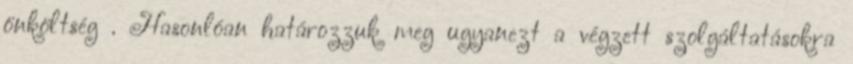
önköltség . Hasonlóan határozzuk meg ugyanezt a végzett szolgáltatásokra